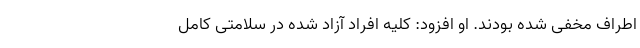
اطراف مخفی شده بودند. او افزود: کلیه افراد آزاد شده در سلامتی کامل